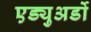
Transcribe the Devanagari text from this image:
एड्युअर्डो